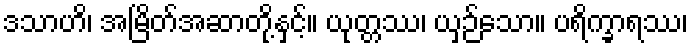
ဒသာဟိ၊ အမြိတ်အဆာတို့နှင့်။ ယုတ္တဿ၊ ယှဉ်သော။ ပရိက္ခာရဿ၊